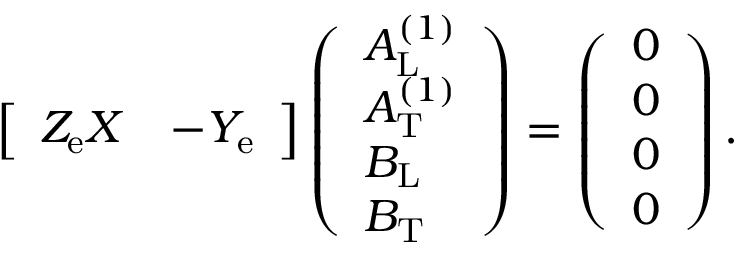
\begin{array} { r } { \left[ \begin{array} { l l } { Z _ { \mathrm { e } } X } & { - Y _ { \mathrm { e } } } \end{array} \right] \left( \begin{array} { l } { A _ { \mathrm { L } } ^ { ( 1 ) } } \\ { A _ { \mathrm { T } } ^ { ( 1 ) } } \\ { B _ { \mathrm { L } } } \\ { B _ { \mathrm { T } } } \end{array} \right) = \left( \begin{array} { l } { 0 } \\ { 0 } \\ { 0 } \\ { 0 } \end{array} \right) . } \end{array}